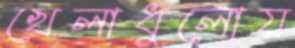
খেলাধুলোয়